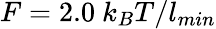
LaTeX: F=2.0~k_{B}T/l_{min}